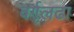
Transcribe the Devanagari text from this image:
वर्गलढा